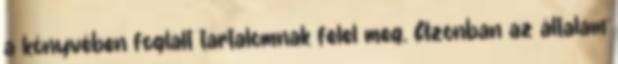
a könyvében foglalt tartalomnak felel meg. Azonban az általam